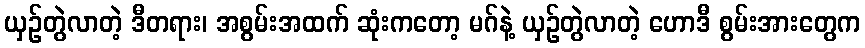
ယှဉ်တွဲလာတဲ့ ဒီတရား၊ အစွမ်းအထက် ဆုံးကတော့ မဂ်နဲ့ ယှဉ်တွဲလာတဲ့ ဟောဒီ စွမ်းအားတွေက